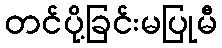
တင်ပို့ခြင်းမပြုမီ